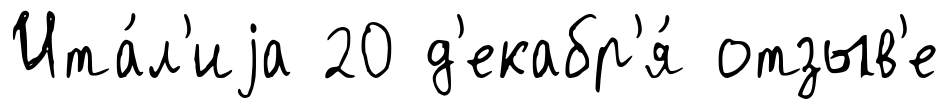
Ита́л'иjа 20 д'екабр'я́ отзыв'е